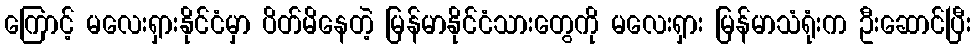
ကြောင့် မလေးရှားနိုင်ငံမှာ ပိတ်မိနေတဲ့ မြန်မာနိုင်ငံသားတွေကို မလေးရှား မြန်မာသံရုံးက ဦးဆောင်ပြီး